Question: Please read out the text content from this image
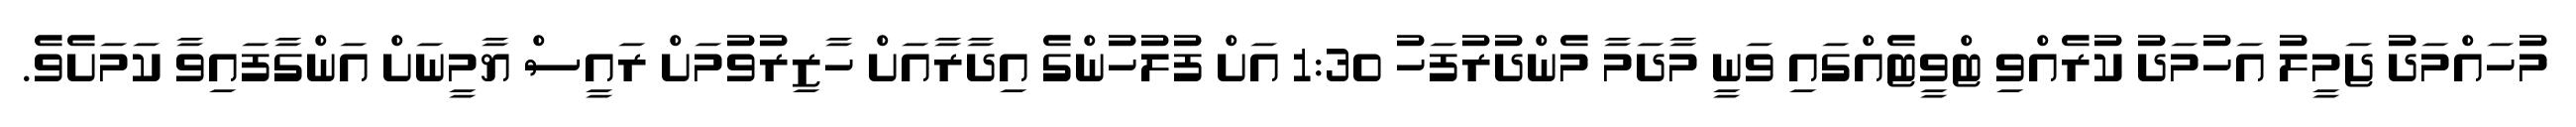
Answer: މުހައްމަދު ޖަމީލު އަހުމަދު ކުރެއްވި ޓްވީޓެއްގައި ވަނީ މާދަމާ މެންދުރުފަހު 1:30 އަށް ފުލުހުންގެ އިދާރާއަށް ހާޒިރުވުމަށް ރައީސް ޔާމީނަށް އަންގާފައިވާ ކަމަށެވެ.